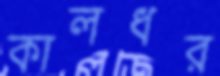
কালধর